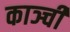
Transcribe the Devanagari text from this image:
काञ्ची